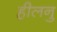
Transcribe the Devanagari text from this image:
हीलनु